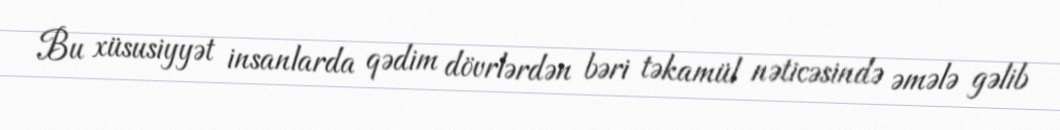
Bu xüsusiyyət insanlarda qədim dövrlərdən bəri təkamül nəticəsində əmələ gəlib